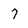
Character: 7